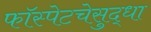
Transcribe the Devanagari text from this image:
फॉस्पेटचेसुद्धा